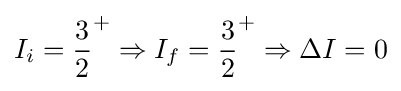
I_{i}={\frac {3}{2}}^{+}\Rightarrow I_{f}={\frac {3}{2}}^{+}\Rightarrow \Delta I=0